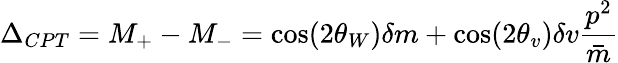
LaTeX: \Delta_{CPT}=M_{+}-M_{-}=\cos(2\theta_{W})\delta m+\cos(2\theta_{v})\delta v\frac{p^{2}}{\bar{m}}